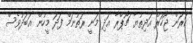
ކަރަން ޖޯހަރް އަދިތުޔާ ޗޯޕްރާ އަދި މަނީ ރަތުނަމް ފަދަ މީހުން އަބަދުވެސް